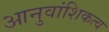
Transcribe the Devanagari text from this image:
आनुवांशिकत्व